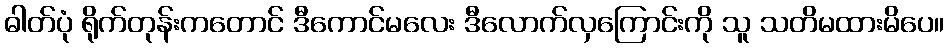
ဓါတ်ပုံ ရိုက်တုန်းကတောင် ဒီကောင်မလေး ဒီလောက်လှကြောင်းကို သူ သတိမထားမိပေ။